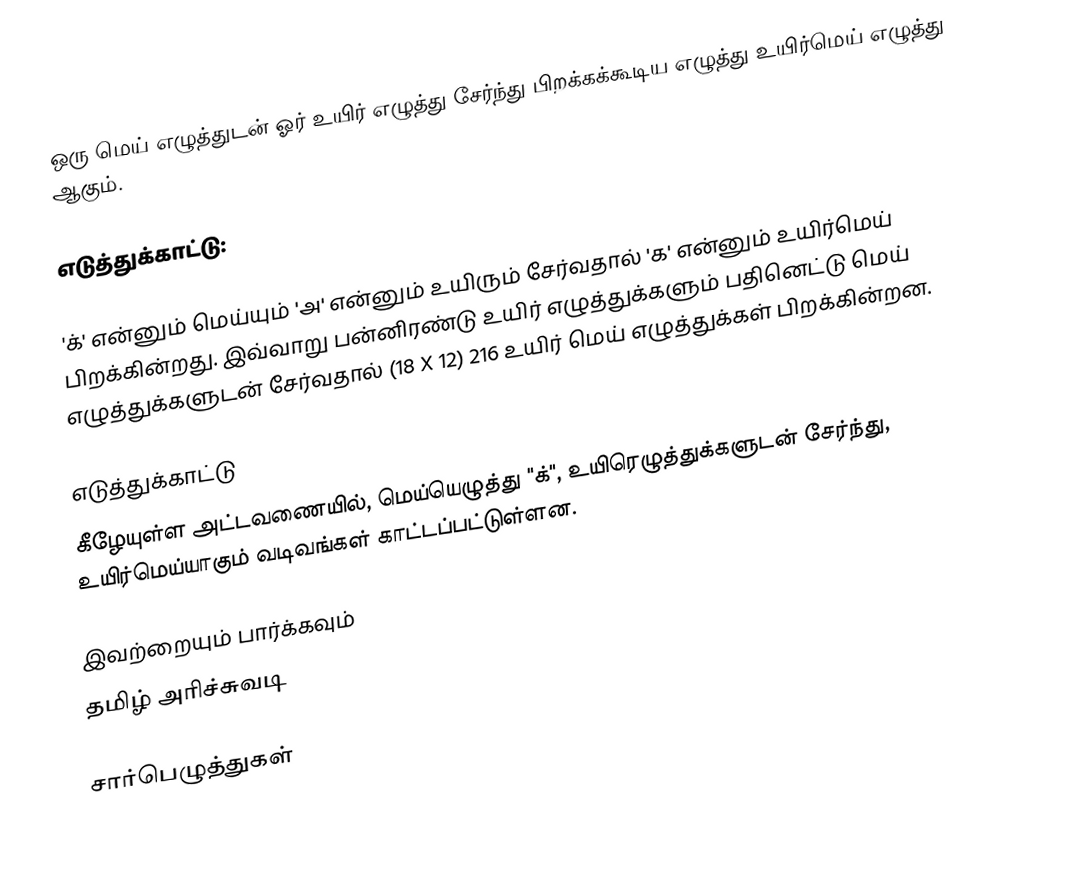
ஒரு மெய் எழுத்துடன் ஓர் உயிர் எழுத்து சேர்ந்து பிறக்கக்கூடிய எழுத்து உயிர்மெய் எழுத்து ஆகும்.

எடுத்துக்காட்டு:

'க்' என்னும் மெய்யும் 'அ' என்னும் உயிரும் சேர்வதால் 'க' என்னும் உயிர்மெய் பிறக்கின்றது. இவ்வாறு பன்னிரண்டு உயிர் எழுத்துக்களும் பதினெட்டு மெய் எழுத்துக்களுடன் சேர்வதால் (18 X 12) 216 உயிர் மெய் எழுத்துக்கள் பிறக்கின்றன.

எடுத்துக்காட்டு
கீழேயுள்ள அட்டவணையில், மெய்யெழுத்து "க்", உயிரெழுத்துக்களுடன் சேர்ந்து, உயிர்மெய்யாகும் வடிவங்கள் காட்டப்பட்டுள்ளன.

இவற்றையும் பார்க்கவும்
 தமிழ் அரிச்சுவடி

சார்பெழுத்துகள்